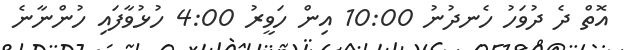
އޮތް ދެ ދުވަހު ހެނދުނު 10:00 އިން ހަވީރު 4:00 ހުޅުވާފައި ހުންނާނެ